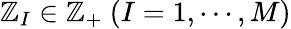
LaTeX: \mathbb{Z}_{I}\in\mathbb{{\mathbb{Z}}}_{+}~(I=1,\cdots,M)